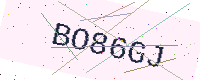
Text: BO86GJ